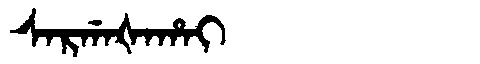
Manchu: ᠰᠠᡵᡤᠠᡧᠠᡥᠠᡳ
Romanization: SARGAŠAHAI